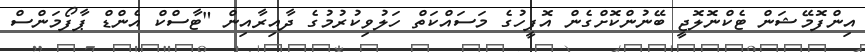
އިންފޮމޭޝަން ޓެކްނޮލޮޖީ ބޭނުންކޮށްގެން އޮފީހުގެ މަސައްކަތް ހަލުވިކުރުމުގެ ދާއިރާއިން "ޓާސްކް އެންޑް ޕާފޯމަންސް